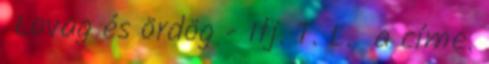
Lovag és ördög - Ifj. T. L. a címe.